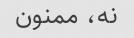
نه، ممنون